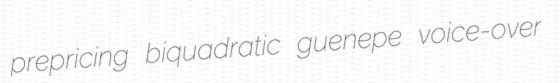
prepricing biquadratic guenepe voice-over